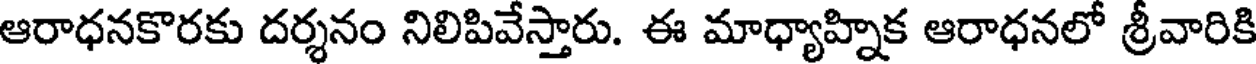
ఆరాధనకొరకు దర్శనం నిలిపివేస్తారు. ఈ మాధ్యాహ్నిక ఆరాధనలో శ్రీవారికి